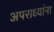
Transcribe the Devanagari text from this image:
अपराध्यांना